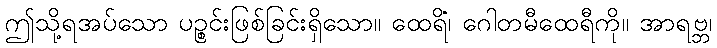
ဤသို့ရအပ်သော ပဉ္စင်းဖြစ်ခြင်းရှိသော။ ထေရိံ၊ ဂေါတမီထေရီကို။ အာရဗ္ဘ၊